Lunatic asylums Punjab 1911-1921 - 1911-1921
Year: 1911
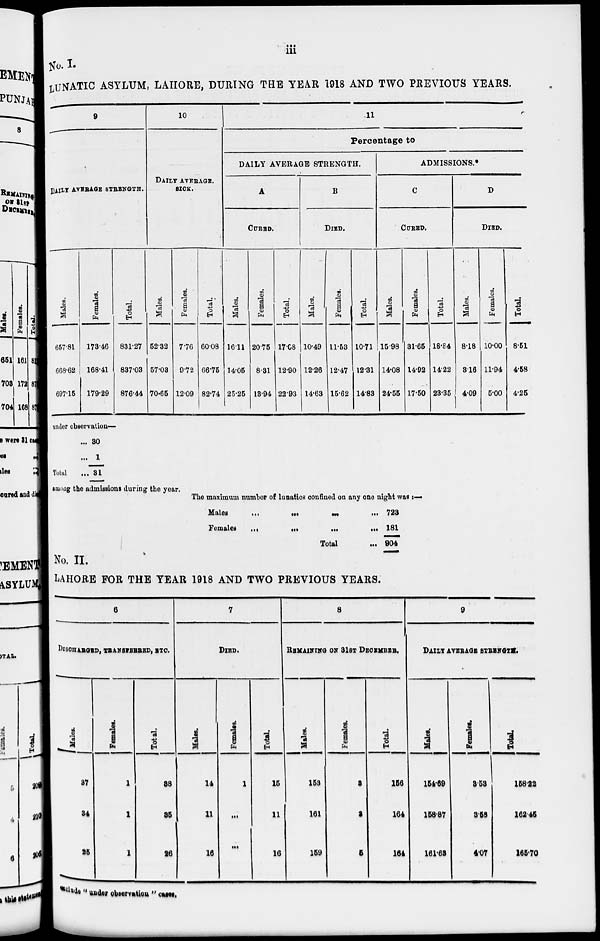
iii
No. I.
LUNATIC ASYLUM, LAHORE, DURING THE YEAR 1918 AND TWO PREVIOUS YEARS.
9
DAlLY AVERAGE STRENGTH.
Males.
657.81
668.62
697.15
Females.
173.46
168.41
179.29
Total.
831.27
837.03
876.44
10
DAILY AVERAGE.
SICK.
Males.
52.32
57.03
70.65
Females.
7.76
9.72
12.09
Total.
60.08
66.75
82.74
11
Percentage to
DAILY AVERAGE STRENGTH.
A
CURED.
Males.
16.11
14.05
25.25
Females.
20.75
8.31
13.94
Total.
17.08
12.90
22.93
B
DIED.
Males.
10.49
12.26
14.63
Females.
11.58
12.47
15.62
Total.
10.71
12.31
14.83
ADMISSIONS.*
C
CURED.
Males.
15.98
14.08
24.55
Females.
31.65
14.92
17.50
Total.
18.84
14.22
23.35
D
DIED.
Males.
8.18
3.16
4.09
Females.
10.00
11.94
5.00
Total.
8.51
4.58
4.25
under observation—
Total
...
...
...
30
1
31
among the admissions during the year.
The maximum number of lunatics confined on any one night was :—
Males ... ... ... ...
Females
...
...
...
...
Total ...
723
181
904
No. II.
LAHORE FOR THE YEAR 1918 AND TWO PREVIOUS YEARS.
6
DISCHARGED, TRANSFERRED, ETC.
Males.
87
84
25
Females.
1
1
1
Total.
88
85
26
7
DIED.
Males.
14
11
16
Females.
1
...
...
Total.
15
11
16
8
REMAINING ON 31ST DECEMBER.
Males.
153
161
159
Females.
3
3
5
Total.
156
164
164
9
DAILY AVERAGE STRENGTH.
Males.
154.69
158.87
161.63
Females.
3.53
3.58
4.07
Total.
158.22
162.45
165.70
exclude "under observation " cases.